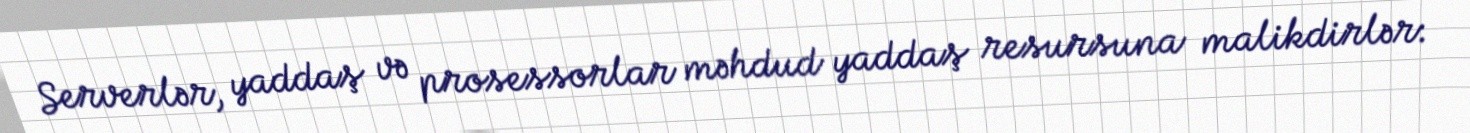
Serverlər, yaddaş və prosessorlar məhdud yaddaş resursuna malikdirlər: